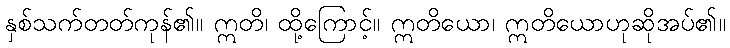
နှစ်သက်တတ်ကုန်၏။ ဣတိ၊ ထို့ကြောင့်။ ဣတိယော၊ ဣတိယောဟုဆိုအပ်၏။